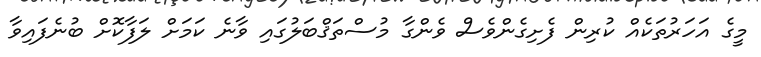
މީގެ އަހަރުތަކެއް ކުރިން ފެށިގެންވެސް ވެންގާ މުސްތަޤްބަލުގައި ވާނެ ކަމަށް ލަފާކޮށް ބުނެފައިވާ